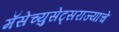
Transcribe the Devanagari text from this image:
मॅसेच्युसेट्सराज्याचे